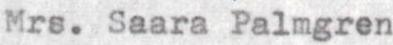
Mrs. Saara Palmgren